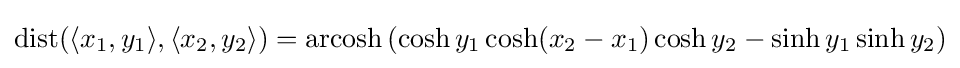
\operatorname {dist} (\langle x_{1},y_{1}\rangle ,\langle x_{2},y_{2}\rangle )=\operatorname {arcosh} \left(\cosh y_{1}\cosh(x_{2}-x_{1})\cosh y_{2}-\sinh y_{1}\sinh y_{2}\right)